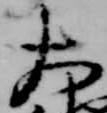
大